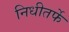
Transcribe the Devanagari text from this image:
निधीतर्फे